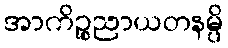
အာကိဉ္စညာယတနမ္ပိ